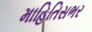
માહિતિસભર